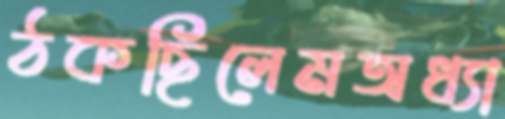
ঠকছিলেমঅধ্যা